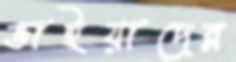
ভাইয়াদের